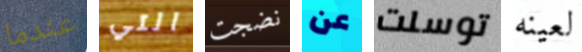
عندما التي نضجت عن توسلت لعينه